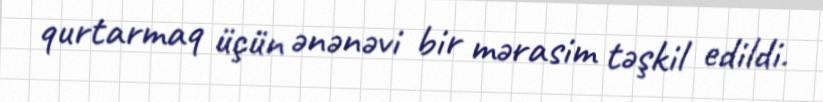
qurtarmaq üçün ənənəvi bir mərasim təşkil edildi.